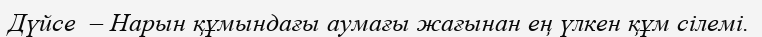
Дүйсе  – Нарын құмындағы аумағы жағынан ең үлкен құм сілемі.